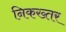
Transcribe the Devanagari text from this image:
निकख्तर